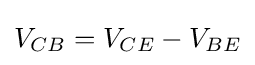
V_{CB}=V_{CE}-V_{BE}